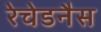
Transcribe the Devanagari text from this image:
रेचेडनैस